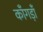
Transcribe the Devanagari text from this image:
काँगड़ाँ